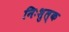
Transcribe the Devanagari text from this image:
निःशुल्‍क